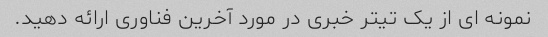
نمونه ای از یک تیتر خبری در مورد آخرین فناوری ارائه دهید.